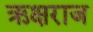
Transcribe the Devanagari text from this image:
ऋक्षराज